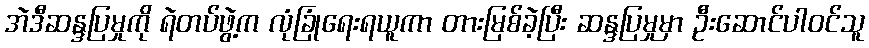
အဲဒီဆန္ဒပြမှုကို ရဲတပ်ဖွဲ့က လုံခြုံရေးရယူကာ တားမြစ်ခဲ့ပြီး ဆန္ဒပြမှုမှာ ဦးဆောင်ပါဝင်သူ